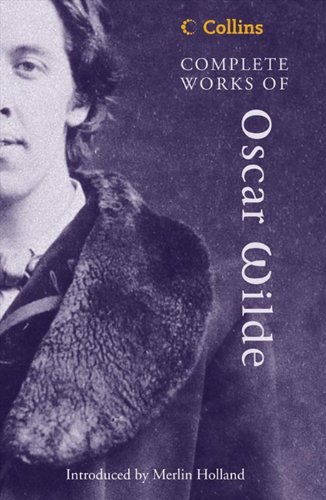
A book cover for Complete Works of Oscar Wilde (Collins Classics); Oscar Wilde; Literature & Fiction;